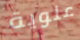
علوية